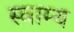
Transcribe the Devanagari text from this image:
स्वाम्य